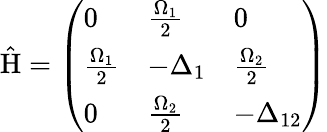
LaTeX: \mathrm{\hat{H}}=\left(\begin{array}{lll}{0}&{\frac{\Omega_{1}}{2}}&{0}\\ {\frac{\Omega_{1}}{2}}&{-\Delta_{1}}&{\frac{\Omega_{2}}{2}}\\ {0}&{\frac{\Omega_{2}}{2}}&{-\Delta_{12}}\end{array}\right)